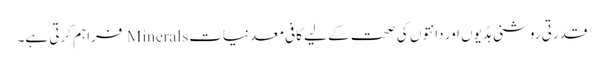
قدرتی روشنی ہڈیوں اور دانتوں کی صحت کے لیے کافی معدنیات Minerals فراہم کرتی ہے۔